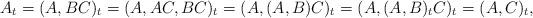
LaTeX: \begin{align*}A_t = (A,BC)_t = (A,AC,BC)_t = (A,(A,B)C)_t = (A,(A,B)_tC)_t = (A,C)_t,\end{align*}